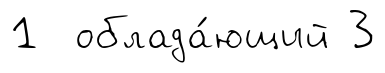
1 облада́ющий 3